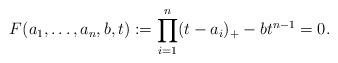
LaTeX: \begin{align*}F(a_1,\dots,a_n,b,t) := \prod_{i=1}^n(t - a_i)_+ - bt^{n-1}=0.\end{align*}